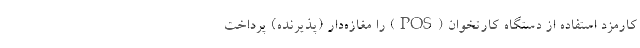
کارمزد استفاده از دستگاه کارتخوان (POS) را مغازه‌دار (پذیرنده) پرداخت